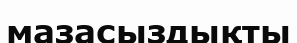
мазасыздықты